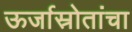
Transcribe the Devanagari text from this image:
ऊर्जास्रोतांचा